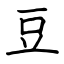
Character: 豆